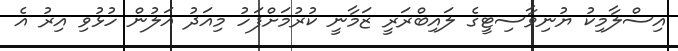
އިސްލާމިކު ޔުނިވާސިޓީގެ ލައިބްރަރީ ޒަމާނީ ކުރުމަށްފަހު މިއަދު އަލުން ހުޅުވި އިރު އެ